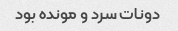
دونات سرد و مونده بود